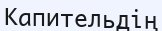
Капительдің